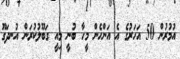
އުމުރުން 50 އަހަރުގެ އެ އަންހެން މީހާ ބުނީ މިއީ ގަބޫލުކުރަން އުނދަގޫ